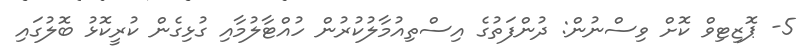
5- ޕޮޒިޓިވް ކޮށް ވިސްނުން: ދުންފަތުގެ އިސްތިއުމާލުކުރުން ހުއްޓާލުމާއި ގުޅިގެން ކުރީކޮޅު ބޮލުގައި